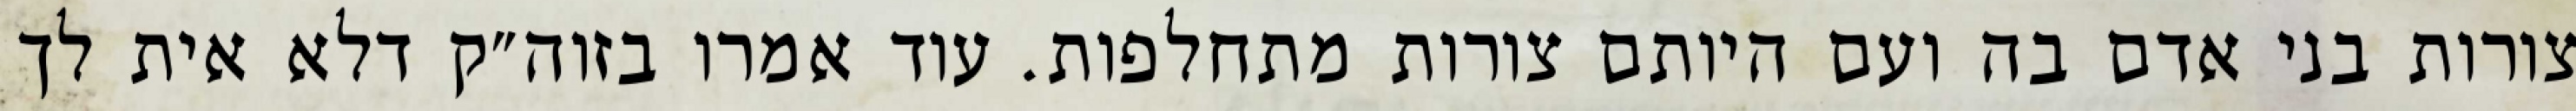
צורות בני אדם בה ועם היותם צורות מתחלפות. עוד אמרו בזוה״ק דלא אית לך